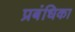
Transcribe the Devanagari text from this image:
प्रबंधिका